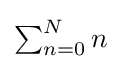
\textstyle \sum _{n=0}^{N}n